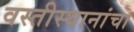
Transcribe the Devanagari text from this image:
वस्तीस्थानांचा